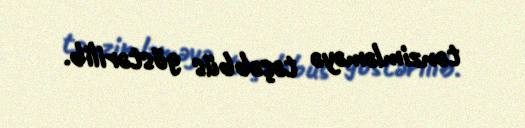
tənzimləməyə təşəbbüs göstərilib.